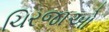
ચિરજાઓ